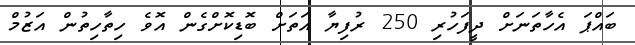
ބައްޕަ އެހާތަނަށް ދީފަހުރި 250 ރުފިޔާ އަތަށް ބޮޑިކޮށްގެން އޮވެ ހިތާހިތުން އަޒުމް